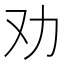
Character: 劝